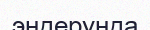
эндерунда